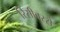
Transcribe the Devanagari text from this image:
रिसीवरसे